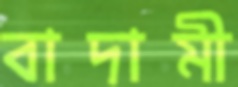
বাদামী